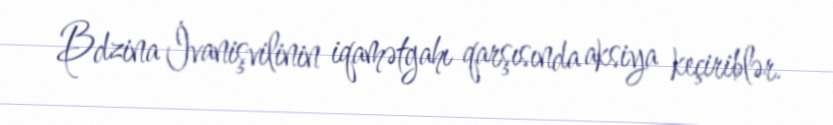
Bdzina İvanişvilinin iqamətgahı qarşısında aksiya keçiriblər.